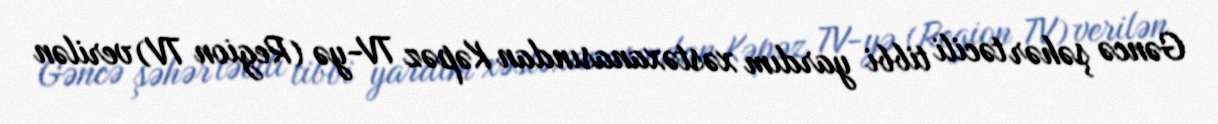
Gəncə şəhər təcili tibbi yardım xəstəxanasından Kəpəz TV-yə (Region TV) verilən